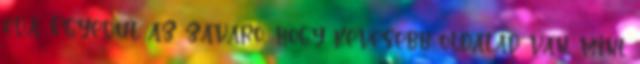
oda. Egyedül az zavaró, hogy kevesebb oldalad van, mint